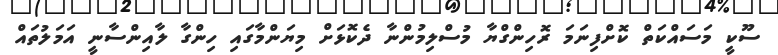
ސޫކީ މަސައްކަތް ކޮށްފިނަމަ ރޮހިންގްޔާ މުސްލިމުންނާ ދެކޮޅަށް މިޔަންމާގައި ހިންގާ ލާއިންސާނީ އަމަލުތައް